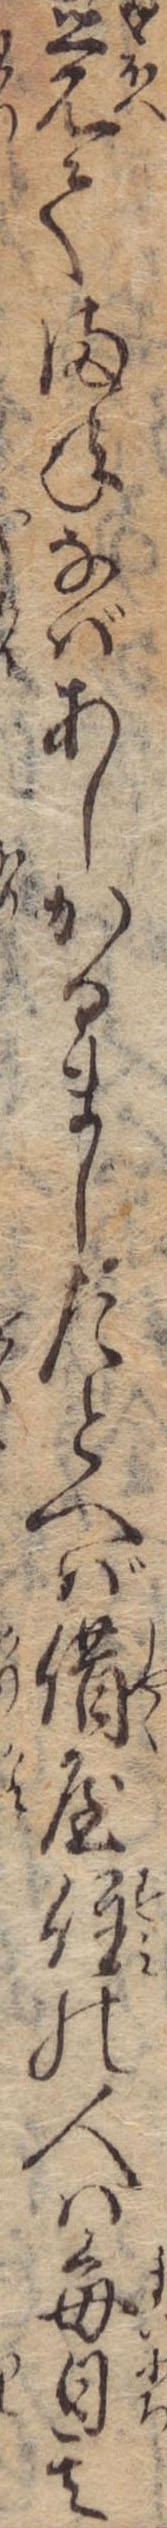
覚てまねなばあしかるましたとへば借屋住の人は毎日其